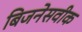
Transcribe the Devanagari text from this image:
बिजनेसवीक